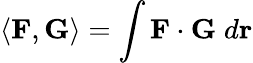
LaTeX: \langle\mathbf{F},\mathbf{G}\rangle=\int\mathbf{F}\cdot\mathbf{G}\; d\mathbf{r}